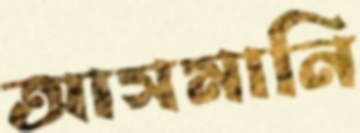
আসমানি